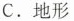
C.地形